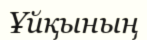
Ұйқының